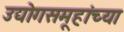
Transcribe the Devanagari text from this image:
उद्योगसमूहांच्या